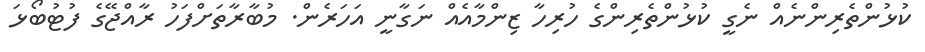
ކުޅުންތެރިންނެއް ނެގީ ކުޅުންތެރިންގެ ހުރިހާ ޒިންމާއެއް ނަގާނީ އަހަރެން. މުބާރާތަށްފަހު ރާއްޖޭގެ ފުޓުބޯޅަ